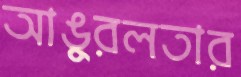
আঙুরলতার